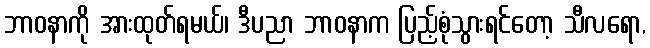
ဘာဝနာကို အားထုတ်ရမယ်၊ ဒီပညာ ဘာဝနာက ပြည့်စုံသွားရင်တော့ သီလရော,